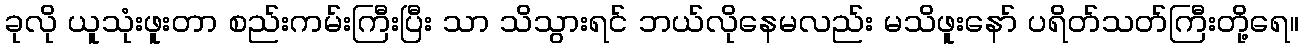
ခုလို ယူသုံးဖူးတာ စည်းကမ်းကြီးပြီး သာ သိသွားရင် ဘယ်လိုနေမလည်း မသိဖူးနော် ပရိတ်သတ်ကြီးတို့ရေ။